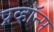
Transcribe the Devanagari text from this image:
प्रव्हॉन्स